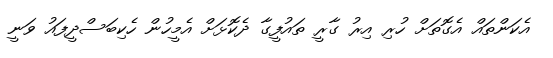
އެކަންތައް އެގޮތަށް ހުރި އިރު ގާރީ ތައުފީގާ ދެކޮޅަށް އެމީހުން ހެކިބަސްދީފައު ވަނީ